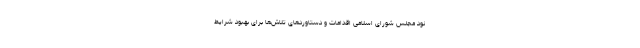
نود مجلس شورای اسلامی اقدامات و دستاوردهای تلاش‌ها برای بهبود شرایط